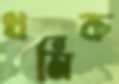
ধর্মিক